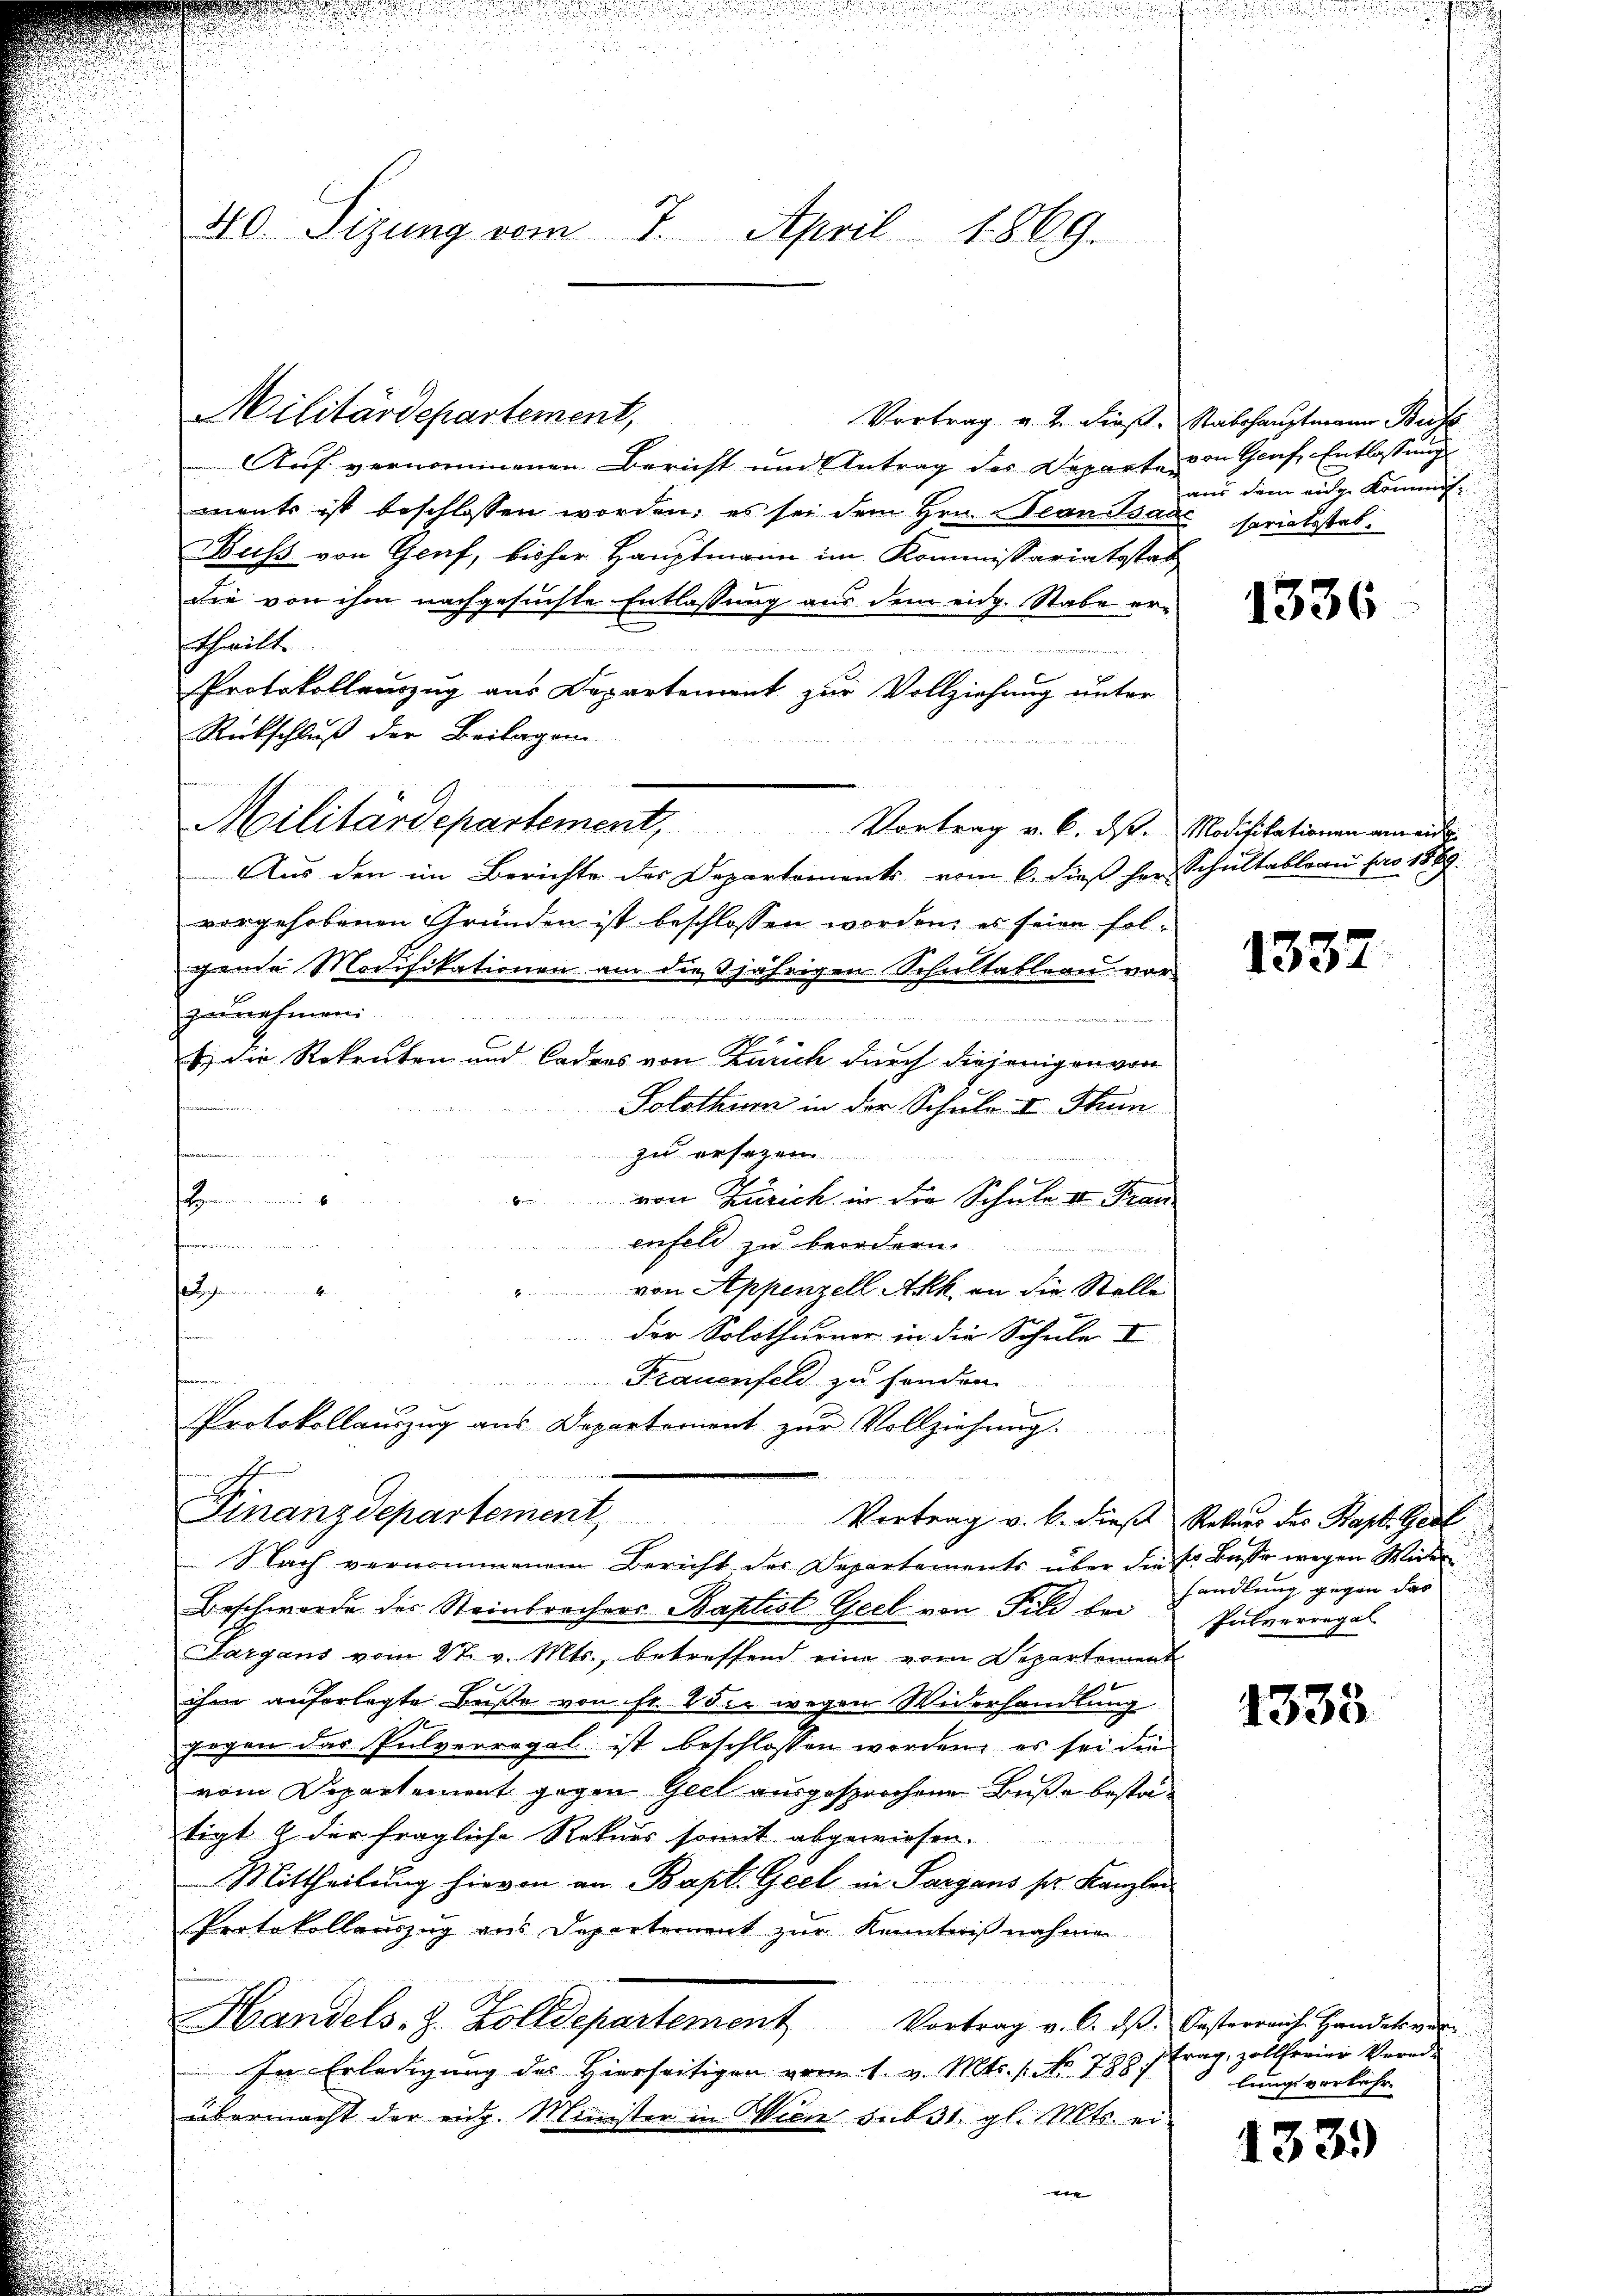
40. Sitzung vom 7. April 1869.

Militärdepartement,

Vortrag v. 2. dieß. Stabshauptmann Buss
Auf vernommenen Bericht und Antrag des Departen
ments ist beschlossen worden, es sei dem Hrn. Beanstsad
Buss von Graf, bisher Hauptmann im Kommissariatsstab,
die von ihm nachgesuchte Entlassung aus dem eidg. Stabe er-
rtheilt.
d
Protokollenzug aus Departement zur Vollziehung unter
Rückschluß der Beilagen
Militärdepartement, Vortrag v. 6. ds. Modifikationen an ande
Aus den im Berichte des Departements vom 6. dieß her Schultableau pro 1889.
vorgehobenen Gründen ist beschlossen worden, es seien folgende Modifikationen am dießjährigen Schultableau vor
zunehmen

wer wien zu einein einen den laut von 155 in in Frist nicht einen
C
1.) Die Rekruten und Codens von Zürich durch diejenigen von

Solothur in der Schule I Thun
In ers

12
von Zürich in der Schule von Fran
enfeld zu beordern.
setz
von Appenzell Akk an die Stelle
der Solothurner in die Schule I
.
emme un
Frauenfeld zu sondern.
Protokollauszug aus Departement zur Vollziehung.
.
e
Finanzdepartement,
Vortrag v. k. diese Rekurs des Kapt. Gest
Nach vernommenem Bericht der Departements über die E. Basse wegen Wider
Beschwerde des Steinbrechers Baptist Geel von Fild bei
Sargans vom 27. v. Mts., betreffend eine vom Departement
ihm auferlegte Buße von so die wegen Widerhandlung
gegen das Pulverregal ist beschlossen worden, es sei die
vom Departement gegen Geel ausgesprochene Buße bestätigt & der fragliche Rekurs somit abgewiesen.
Mittheilung hievon an Bapt. Geel in Sargans ser Kanzlei
Protokollauszug aus Departement zur Kenntnißnahmen
Handels. Z. Zolldepartement Vortrag v. 6. dβ. Oesterreich Handelsver-
In Erledigung des Hierseitigen vom 1. v. Mts. 1. No 788/
übermacht der eidg. Minister in Wien sub 31 gl. Mts. eine

von Genf Entlassung
aus dem eige kommen.
sariatsstat.

1336

1337

handlung gegen das
Pulverregal

1333

trag, zollfreier Verade
lungsverkehr.

1339)